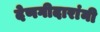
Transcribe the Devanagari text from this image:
देणगीदारांनी